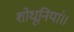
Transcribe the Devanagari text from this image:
शोधूनियां॥